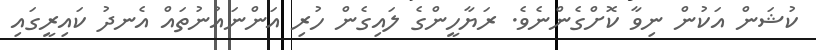
ކުޝަން އަކުން ނިވާ ކޮށްގެންނެވެ. ރަޔާހީންގެ ލައިގެން ހުރި އަންނައުނުތައް އެނދު ކައިރީގައި